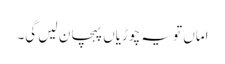
اماں تو یہ چوڑیاں پہچان لیں گی۔